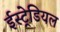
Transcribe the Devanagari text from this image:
ईस्ट्रेडियल